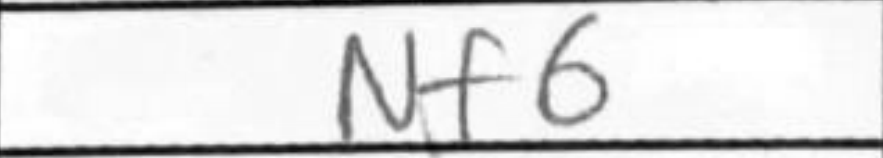
Transcription: Nf6